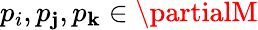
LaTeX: p_{i},p_{\mathbf{j}},p_{\mathbf{k}}\in\partialM